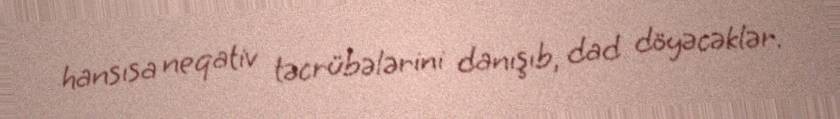
hansısa neqativ təcrübələrini danışıb, dad döyəcəklər.